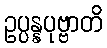
ဥပ္ပန္နပုဗ္ဗာတိ